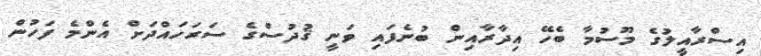
އިސްރާއީލުގެ މޫސުމާ ބެހޭ އިދާރާއިން ބުނެފައި ވަނީ ޤުދުސްގެ ސަރަހައްދަށް އެންމެ ފަހުން